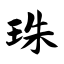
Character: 珠